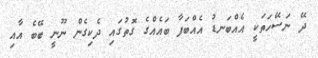
ދޭ ނަސޭހަތަކީ އެއްބަނޑު އެއްބަފާ ބައެއްގެ ގޮތުގައި ދެކިގެން ނޫނީ ބޭބެ އާއި